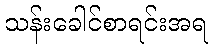
သန်းခေါင်စာရင်းအရ